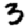
Digit: 3